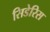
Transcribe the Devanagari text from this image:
सिडेरिस